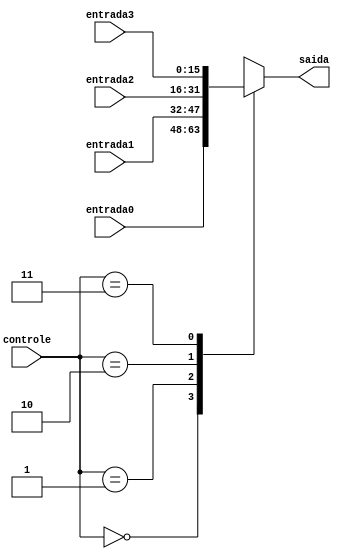
module multiplexador4bits(entrada0, entrada1, entrada2, entrada3, controle, saida);
  input [15:0] entrada0, entrada1, entrada2, entrada3;
  input [1:0] controle;
  output reg [15:0] saida;

  always@*
  begin
    case(controle)
      2'b00: saida <= entrada0;
      2'b01: saida <= entrada1;
      2'b10: saida <= entrada2;
      2'b11: saida <= entrada3;
    endcase
  end
endmodule